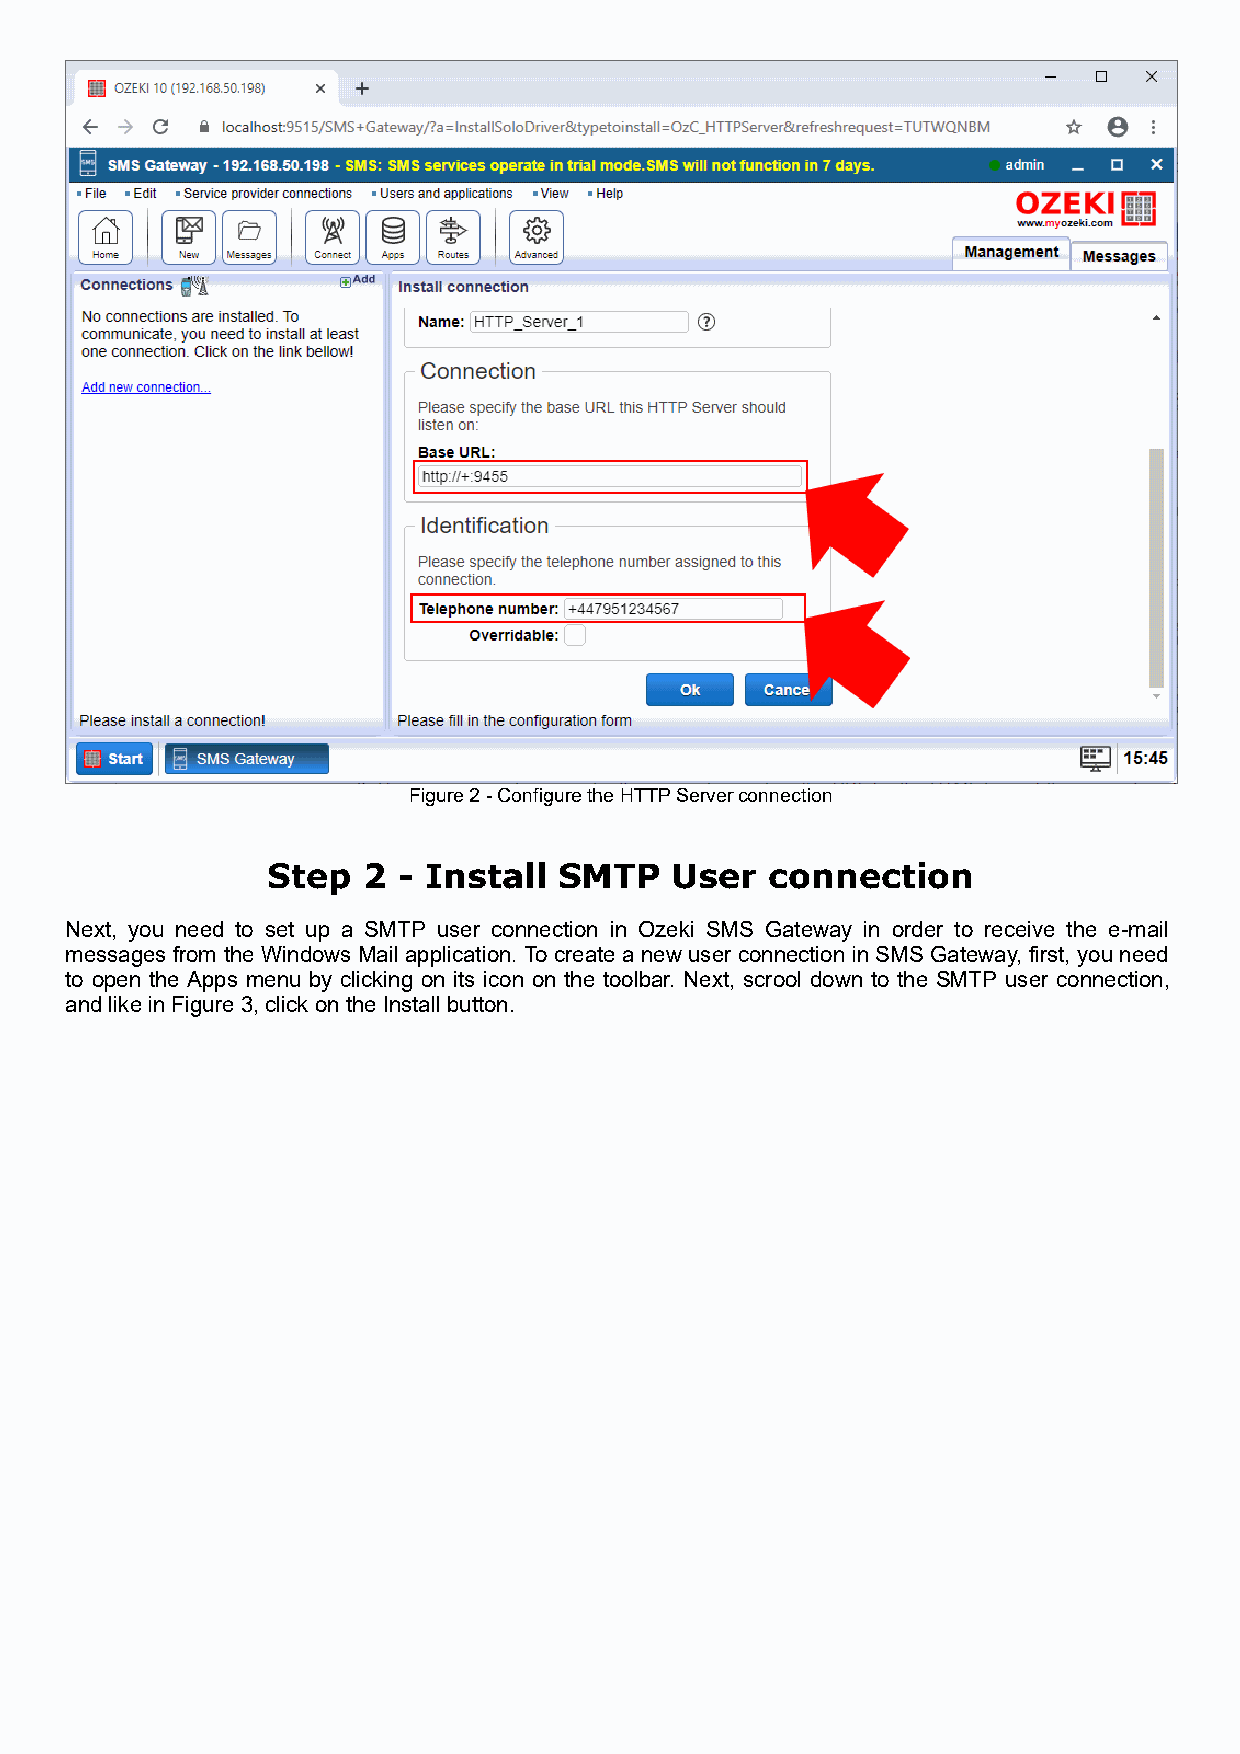
Figure 2 - Configure the HTTP Server connection
 Step  2 - Install  SMTP    User  connection
 Next, you need to set up a SMTP user connection in Ozeki SMS Gateway in order to receive the e-mail
 messages from the Windows Mail application. To create a new user connection in SMS Gateway, first, you need
 to open the Apps menu by clicking on its icon on the toolbar. Next, scrool down to the SMTP user connection,
 and like in Figure 3, click on the Install button.